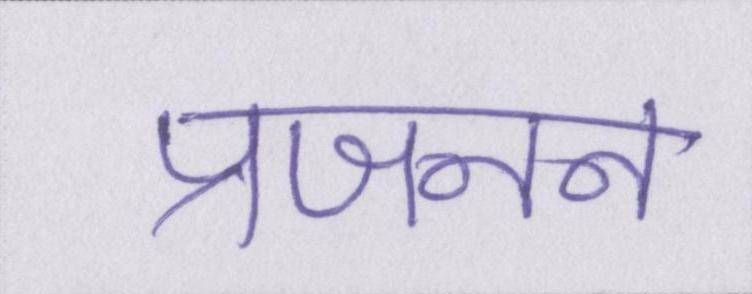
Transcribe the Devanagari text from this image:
प्रजनन